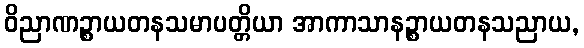
ဝိညာဏဉ္စာယတနသမာပတ္တိယာ အာကာသာနဉ္စာယတနသညာယ,